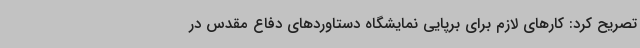
تصریح کرد: کارهای لازم برای برپایی نمایشگاه دستاوردهای دفاع مقدس در